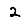
Digit: 2